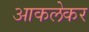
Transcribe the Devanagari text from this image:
आकलेकर